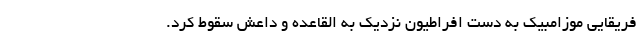
فریقایی موزامبیک به دست افراطیون نزدیک به القاعده و داعش سقوط کرد.